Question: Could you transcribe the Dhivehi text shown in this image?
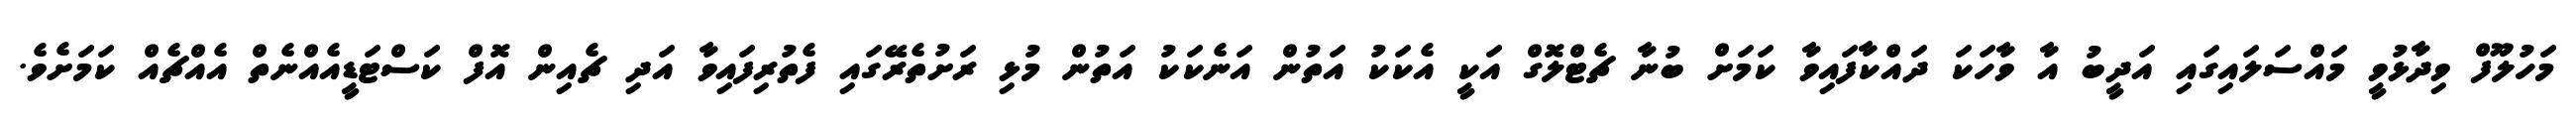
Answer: މަހުލޫފް ވިދާޅުވީ މައްސަލައިގައި އަދީބު އާ ވާހަކަ ދައްކާފައިވާ ކަމަށް ބުނާ ޗެޓްލޮގް އަކީ އެކަކު އަތުން އަނެކަކު އަތުން މުޅި ރަށުތެރޭގައި ފެތުރިފައިވާ އަދި ޗެއިން އޮފް ކަސްޓަޑީއެއްނެތް އެއްޗެއް ކަމަށެވެ.